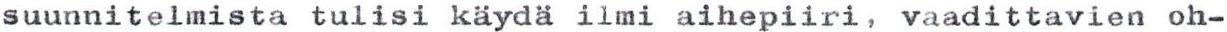
suunnitelmista tulisi käydä ilmi aihepiiri, vaadittavien oh-